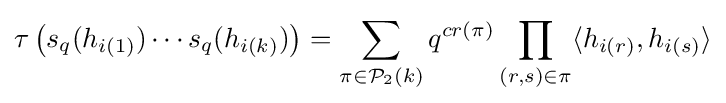
\tau \left(s_{q}(h_{i(1)})\cdots s_{q}(h_{i(k)})\right)=\sum _{\pi \in {\mathcal {P}}_{2}(k)}q^{cr(\pi )}\prod _{(r,s)\in \pi }\langle h_{i(r)},h_{i(s)}\rangle